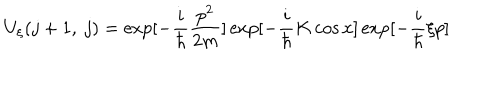
U _ { \xi } ( j + 1 , ~ j ) = \exp [ - \frac { i } { \hbar } \frac { p ^ { 2 } } { 2 m } ] \exp [ - \frac { i } { \hbar } K \cos x ] \exp [ - \frac { i } { \hbar } \xi p ]